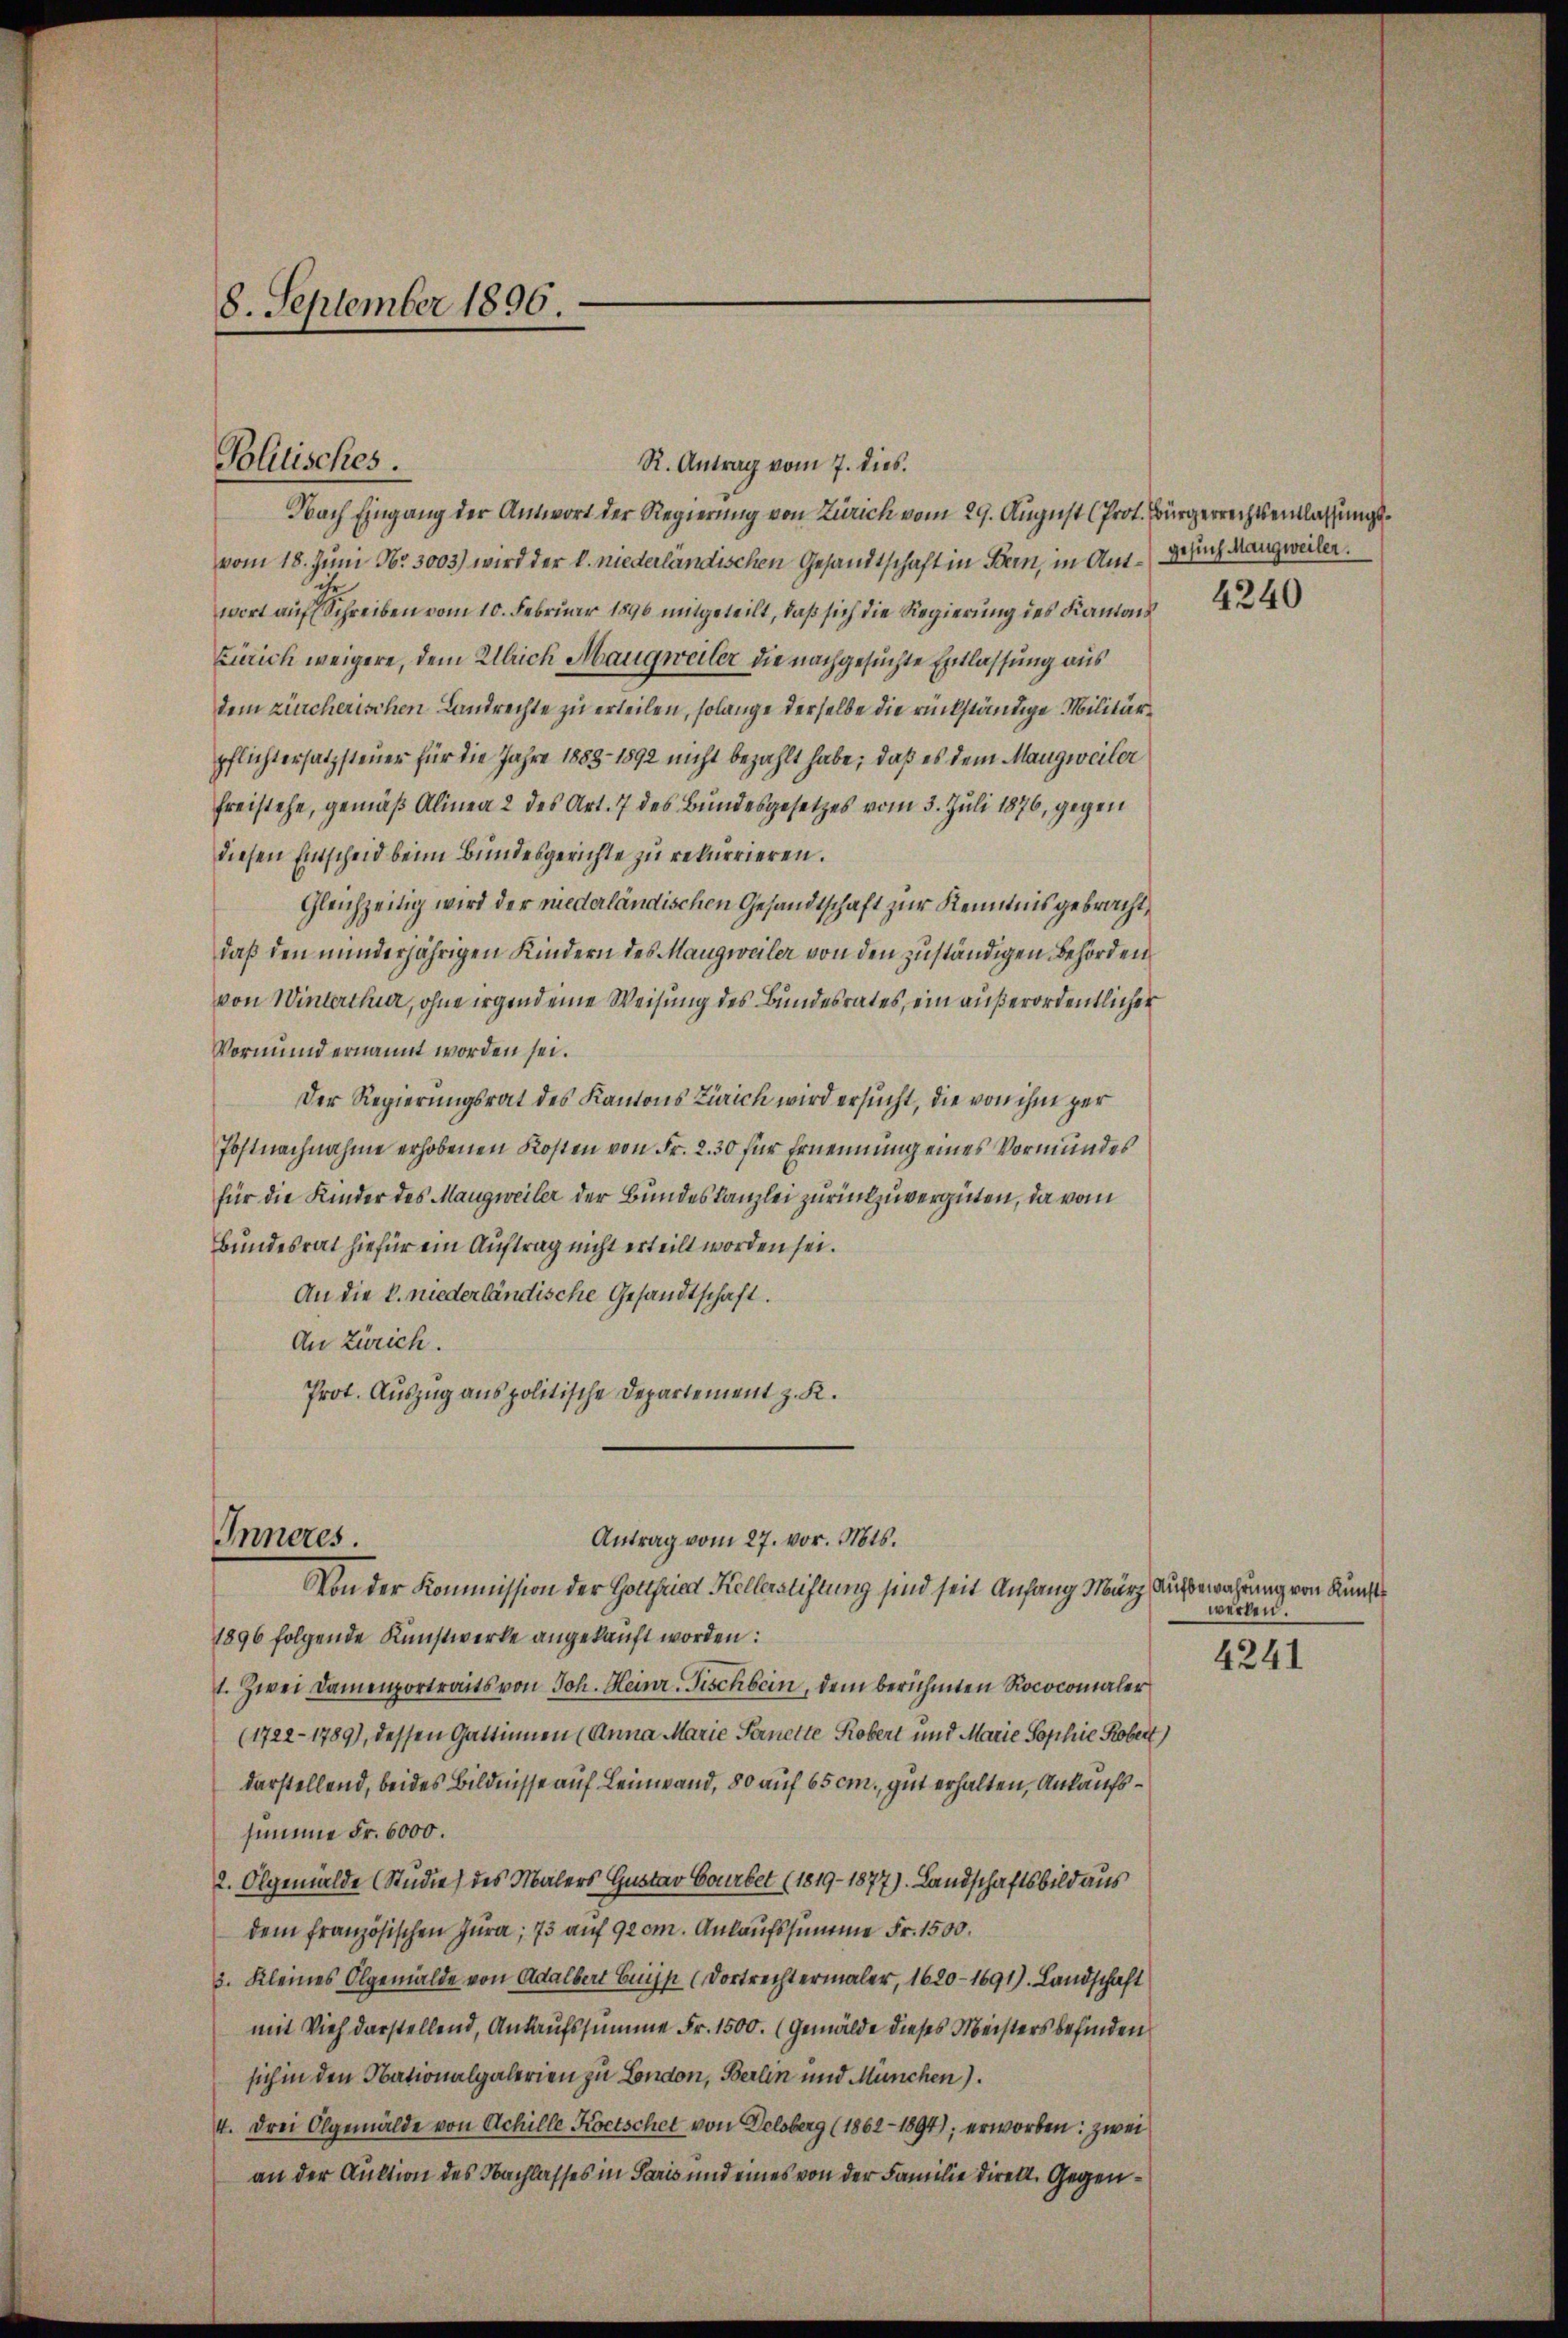
R. Antrag vom 7. dies.
Nach Eingang der Antwort der Regierung von Zürich vom 29. August (Prot. Bürgerrechtsentlassungsvom 18. Juni Nr. 3003) wird der k. niederländischen Gesandtschaft in Bern, in Ant-Gerich Mangweiler.
Sitr
wort auf Schreiben vom 10. Februar 1890 mitgeteilt, daß sich die Regierung des Kantons¬
Zürich weigere, dem Ulrich Maugweiler die nachgesuchte Entlassung aus
dem zürcherischen Landrechte zu erteilen, solange derselbe die rückständige Militärpflichtersatzsteuer für die Jahre 1883- 1892 nicht bezahlt habe; daß es dem Mangweiler
freistehe, gemäß Alinea 2 des Art. 7 des Bundesgesetzes vom 3. Juli 1876, gegen
diesen Ennscheid beim Bundesgerichte zu rekurrieren.
Gleichzeitig wird der niederländischen Gesandtschaft zur Kenntnis gebracht,
daß den minderjährigen Kindern des Mangweiler von den zuständigen Behörden,
von Winterthur, ohne irgend eine Weisung des Bundesrates, ein außerordentlicher
Vormund ernannt worden sei.
Der Regierungsrat des Kantons Zürich wird ersucht, die von ihm zur
Postnachnahme erhobenen Kosten von Fr. 2. 30 für Ernennung eines Vormundes
für die Kinder des Mangweiler der Bundeskanzlei zurückzuvergüten, da vom
Bundesrat hiefür ein Auftrag nicht erteilt worden sei.
An die k. niederländische Gesandtschaft.
An Zürich.
Prot. Auszug aus politische Departement z. K.
Inneres.
Antrag vom 27. vor. Mts.
Von der Kommission der Gottfried Kellerstiftung sind seit Anfang März Aufbewahrung von Kunst¬
1896 folgende Kunstwerke angekauft worden:
1. Zwei Damenportraits von Joh. Heinr-Fischbein, dem berühmten Rococomaler
(1722-1789), dessen Gattinnen (Anna Marie Pernette Robert und Marie Sophie Kober)
darstellend, beides Bildnisse auf Leinwand, 80 auf 65 cm., gut erhalten, Ankaufssumme Fr. 6000.
2. Olgemälde (Studie) des Malers Gustav Courbet (1819–1877). Landschaftsbild aus
dem französischen Jura, 73 auf 92cm. Ankaufssumme Fr. 1500.
3. Kleines Olgemälde von Adalbert Guijs (Dortrechtermaler, 1620-1691). Landschaft
mit Vieh darstellend, Ankaufssumme Fr. 1500. (Gemälde dieses Meisters befinden
sich in den Obationalgalerien zu London, Berlin und München).
4. drei Olgemälde von Achille Kortschet von Delsberg (1862 - 1894); erworben: zwei
an der Auktion des Nachlasses in Paris und eines von der Familie direkt. Gegen¬

8. September 1896.

Politisches.

4240

werken.
4241